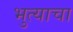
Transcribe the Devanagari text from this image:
भुत्याचा